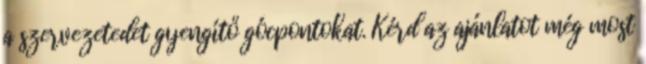
a szervezetedet gyengítő gócpontokat. Kérd az ajánlatot még most